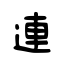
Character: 連